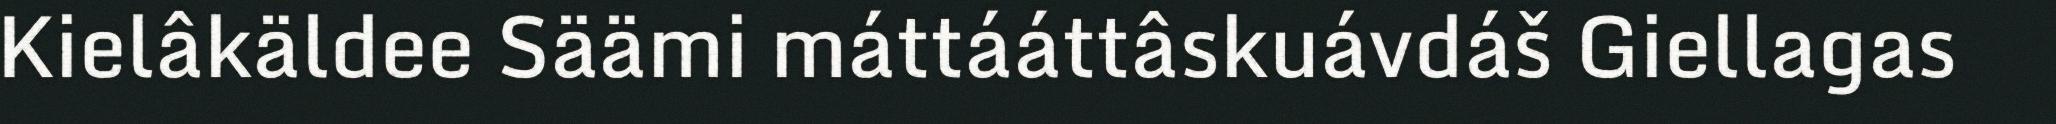
Kielâkäldee Säämi máttááttâskuávdáš Giellagas